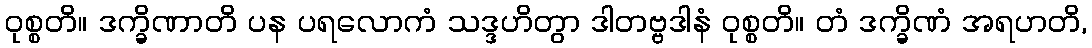
ဝုစ္စတိ။ ဒက္ခိဏာတိ ပန ပရလောကံ သဒ္ဒဟိတွာ ဒါတဗ္ဗဒါနံ ဝုစ္စတိ။ တံ ဒက္ခိဏံ အရဟတိ,